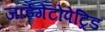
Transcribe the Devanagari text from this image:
जाईगेंटोपेट्रिड